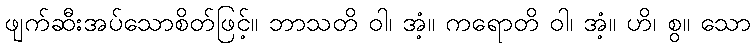
ဖျက်ဆီးအပ်သောစိတ်ဖြင့်။ ဘာသတိ ဝါ၊ အံ့။ ကရောတိ ဝါ၊ အံ့။ ဟိ၊ စွ။ သော